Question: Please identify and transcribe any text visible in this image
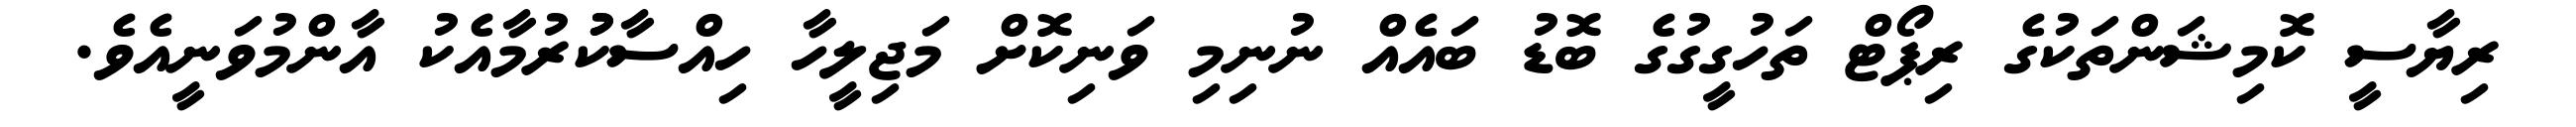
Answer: ރިޔާސީ ކޮމިޝަންތަކުގެ ރިޕޯޓް ތަހުގީގުގެ ބޮޑު ބައެއް ނުނިމި ވަނިކޮށް މަޖިލީހާ ހިއްސާކުުރުމާއެކު އާންމުވަނީއެވެ.